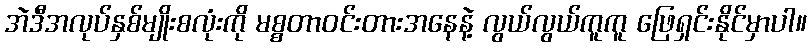
အဲဒီအလုပ်နှစ်မျိုးစလုံးကို မစ္စတာဝင်းတားအနေနဲ့ လွယ်လွယ်ကူကူ ဖြေရှင်းနိုင်မှာပါ။